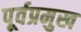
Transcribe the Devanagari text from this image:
पूर्वप्रमुख